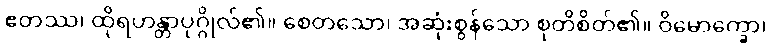
ဧတဿ၊ ထိုရဟန္တာပုဂ္ဂိုလ်၏။ စေတသော၊ အဆုံးစွန်သော စုတိစိတ်၏။ ဝိမောက္ခော၊